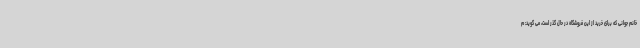
خانم جوانی که برای خرید از این فروشگاه در حال گذر است، می گوید: م